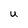
Character: U